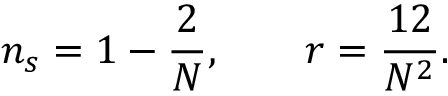
n _ { s } = 1 - { \frac { 2 } { N } } , \quad \quad r = { \frac { 1 2 } { N ^ { 2 } } } .